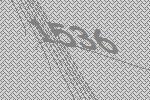
1536